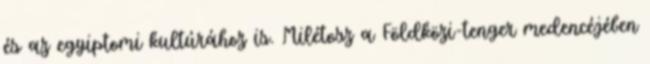
és az egyiptomi kultúrához is. Milétosz a Földközi-tenger medencéjében